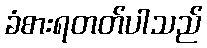
ခံစားရတတ်ပါသည်